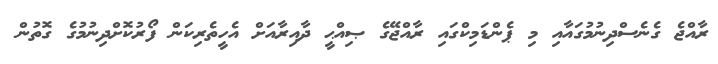
ރާއްޖެ ގެނެސްދިނުމުގައާއި މި ޕެންޑަމިކްގައި ރާއްޖޭގެ ޞިއްޙީ ދާއިރާއަށް އެހީތެރިކަން ފޯރުކޮށްދިނުމުގެ ގޮތުން